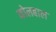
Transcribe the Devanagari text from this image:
कोलबाल